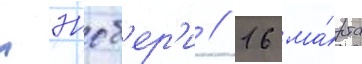
лэнсб'ер'и // 16 ма́рта